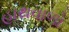
હાથવાળો